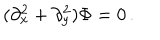
LaTeX: ( \partial _ { x } ^ { 2 } + \partial _ { y } ^ { 2 } ) \Phi = 0 \, .